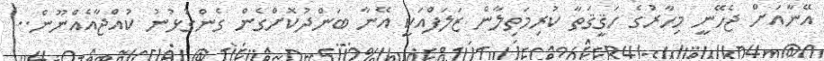
އޭނާއަށް ޖެހޭނީ މިހާރުގެ ހަޤީޤަތާ ކުރިމަތިލާން ޒަލަފްއަކީ އޭނާ ބަންދުކޮށްގެން ގެންގުޅުނު ކުއްޖާއެއްނޫން..